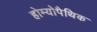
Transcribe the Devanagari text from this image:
होम्‍योपैथिक